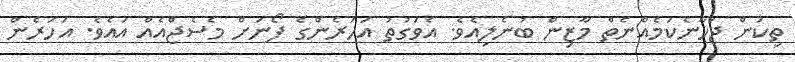
ތިކަން ޖަހާނެކަމެއްނެތް މާޒިން ބުނެލިއެވެ. އެވަގުތު އަހަރެންގެ ފޯނަށް މެސެޖްއެއް އައެވެ. އަހަރެން